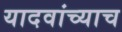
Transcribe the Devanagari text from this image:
यादवांच्याच